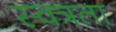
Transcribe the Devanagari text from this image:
स्वत्रता